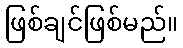
ဖြစ်ချင်ဖြစ်မည်။